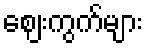
ဈေးကွက်များ